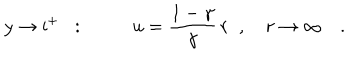
y \to \mathrm { i } ^ { + } \; \; : \; \; \qquad u = \frac { 1 - \gamma } { \gamma } \, r \; \; , \quad r \to \infty \quad .